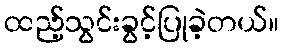
ထည့်သွင်းခွင့်ပြုခဲ့တယ်။